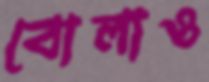
বোলাও